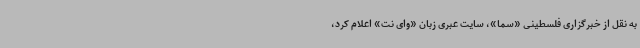
به نقل از خبرگزاری فلسطینی «سما»، سایت عبری زبان «وای نت» اعلام کرد،